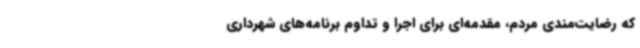
که رضایت‌مندی مردم، مقدمه‌ای برای اجرا و تداوم برنامه‌های شهرداری